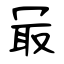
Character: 冣